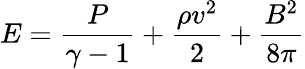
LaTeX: E=\frac{P}{\gamma-1}+\frac{\rho v^{2}}{2}+\frac{B^{2}}{8\pi}